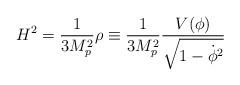
LaTeX: \begin{align*}H^2={1 \over 3M_p^2} \rho \equiv {1 \over 3M_p^2}{V(\phi) \over {\sqrt{1-\dot{\phi}^2}}}\end{align*}